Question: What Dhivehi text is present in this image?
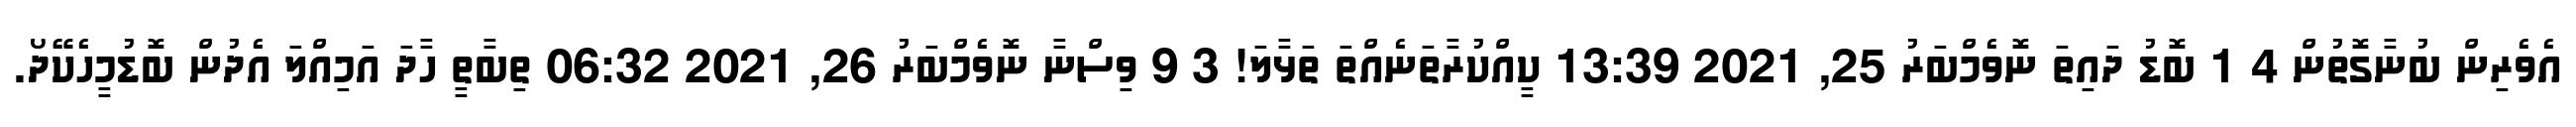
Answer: އެވެރިން ބުނާގޮތުން 4 1 ބޮޑު ދައިތަ ނޮވެމްބަރު 25, 2021 13:39 ކީއްކުރާތަނެއްތަ ތަޅާލަ! 3 9 ވިސްނާ ނޮވެމްބަރު 26, 2021 06:32 ތިބާތީ ހާދަ އަމިއްލަ އެދުން ބޮޑުމީހެކޭދޯ.